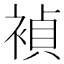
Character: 𬡥